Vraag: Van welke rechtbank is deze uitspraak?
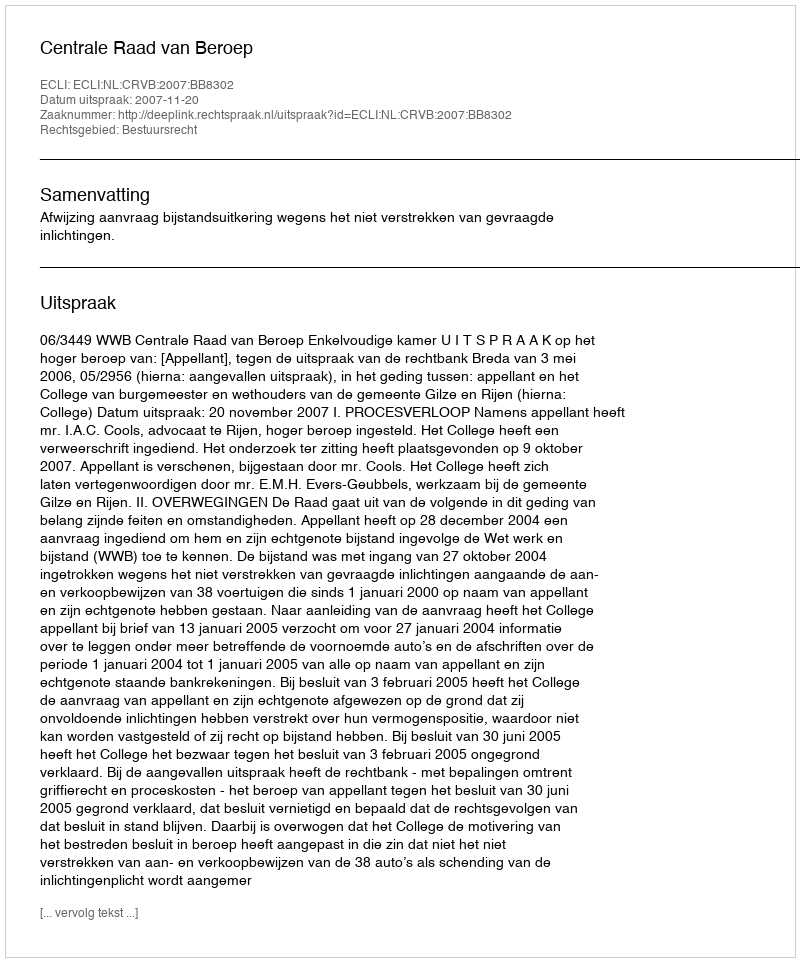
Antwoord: Centrale Raad van Beroep